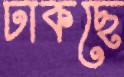
ঢাকছে